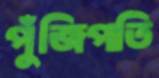
পুঁজিপতি